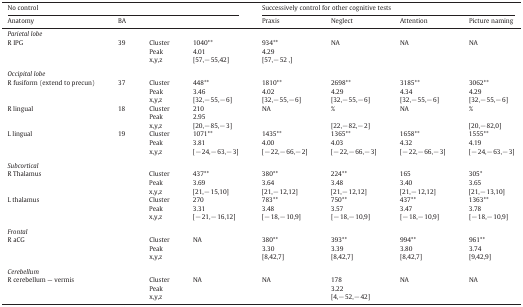
<table><thead><tr><td colspan="4"><b>No control</b></td><td colspan="4"><b>Successively control for other cognitive tests</b></td></tr><tr><td><b>Anatomy</b></td><td><b>BA</b></td><td colspan="2"></td><td><b>Praxis</b></td><td><b>Neglect</b></td><td><b>Attention</b></td><td><b>Picture naming</b></td></tr></thead><tbody><tr><td colspan="8"><i>Parietal lobe</i></td></tr><tr><td>R IPG</td><td>39</td><td>Cluster</td><td>1040**</td><td>934**</td><td>NA</td><td>NA</td><td>NA</td></tr><tr><td>Peak</td><td>4.01</td><td>4.29</td></tr><tr><td>x,y,z</td><td>[57,− 55,42]</td><td>[57,− 52 ,]</td></tr><tr><td colspan="8">  </td></tr><tr><td colspan="8"><i>Occipital lobe</i></td></tr><tr><td>R fusiform (extend to precun)</td><td>37</td><td>Cluster</td><td>448**</td><td>1810**</td><td>2698**</td><td>3185**</td><td>3062**</td></tr><tr><td>Peak</td><td>3.46</td><td>4.02</td><td>4.29</td><td>4.34</td><td>4.29</td></tr><tr><td>x,y,z</td><td>[32,− 55,− 6]</td><td>[32,− 55,− 6]</td><td>[32,− 55,− 6]</td><td>[32,− 55,− 6]</td><td>[32,− 55,− 6]</td></tr><tr><td>R lingual</td><td>18</td><td>Cluster</td><td>210</td><td>NA</td><td>%</td><td>NA</td><td>%</td></tr><tr><td>Peak</td><td>2.95</td><td></td><td></td></tr><tr><td>x,y,z</td><td>[20,− 85,− 3]</td><td>[22,− 82,− 2]</td><td>[20,− 82,0]</td></tr><tr><td>L lingual</td><td>19</td><td>Cluster</td><td>1071**</td><td>1435**</td><td>1365**</td><td>1658**</td><td>1555**</td></tr><tr><td>Peak</td><td>3.81</td><td>4.00</td><td>4.03</td><td>4.32</td><td>4.19</td></tr><tr><td>x,y,z</td><td>[− 24,− 63,− 3]</td><td>[− 22,− 66,− 2]</td><td>[− 22,− 66,− 3]</td><td>[− 22,− 66,− 3]</td><td>[− 24,− 63,− 3]</td></tr><tr><td colspan="8">  </td></tr><tr><td colspan="8"><i>Subcortical</i></td></tr><tr><td>R Thalamus</td><td></td><td>Cluster</td><td>437**</td><td>380**</td><td>224**</td><td>165</td><td>305*</td></tr><tr><td>Peak</td><td>3.69</td><td>3.64</td><td>3.48</td><td>3.40</td><td>3.65</td></tr><tr><td>x,y,z</td><td>[21,− 15,10]</td><td>[21,− 12,12]</td><td>[21,− 12,12]</td><td>[21,− 12,12]</td><td>[21,− 13,10]</td></tr><tr><td>L thalamus</td><td></td><td>Cluster</td><td>270</td><td>783**</td><td>750**</td><td>437**</td><td>1363**</td></tr><tr><td>Peak</td><td>3.31</td><td>3.48</td><td>3.57</td><td>3.47</td><td>3.78</td></tr><tr><td>x,y,z</td><td>[− 21,− 16,12]</td><td>[− 18,− 10,9]</td><td>[− 18,− 10,9]</td><td>[− 18,− 10,9]</td><td>[− 18,− 10,9]</td></tr><tr><td colspan="8">  </td></tr><tr><td colspan="8"><i>Frontal</i></td></tr><tr><td>R aCG</td><td></td><td>Cluster</td><td>NA</td><td>380**</td><td>393**</td><td>994**</td><td>961**</td></tr><tr><td>Peak</td><td></td><td>3.30</td><td>3.39</td><td>3.80</td><td>3.74</td></tr><tr><td>x,y,z</td><td></td><td>[8,42,7]</td><td>[8,42,7]</td><td>[8,42,7]</td><td>[9,42,9]</td></tr><tr><td colspan="8">  </td></tr><tr><td colspan="8"><i>Cerebellum</i></td></tr><tr><td>R cerebellum — vermis</td><td></td><td>Cluster</td><td>NA</td><td>NA</td><td>178</td><td>NA</td><td>NA</td></tr><tr><td>Peak</td><td>3.22</td></tr><tr><td>x,y,z</td><td>[4,− 52,− 42]</td></tr></tbody></table>